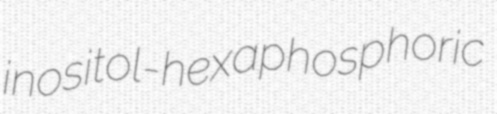
inositol-hexaphosphoric